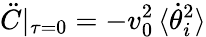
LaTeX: \ddot{C}|_{\tau=0}=-v_{0}^{2}\, \langle\dot{\theta}_{i}^{2}\rangle